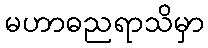
မဟာဓညရာသိမှာ